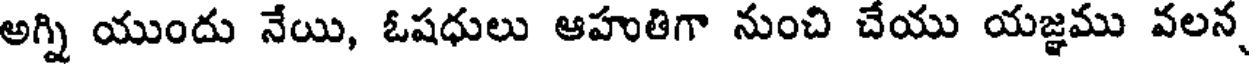
అగ్ని యుందు నేయి, ఓషధులు ఆహుతిగా నుంచి చేయు యజ్ఞము వలన